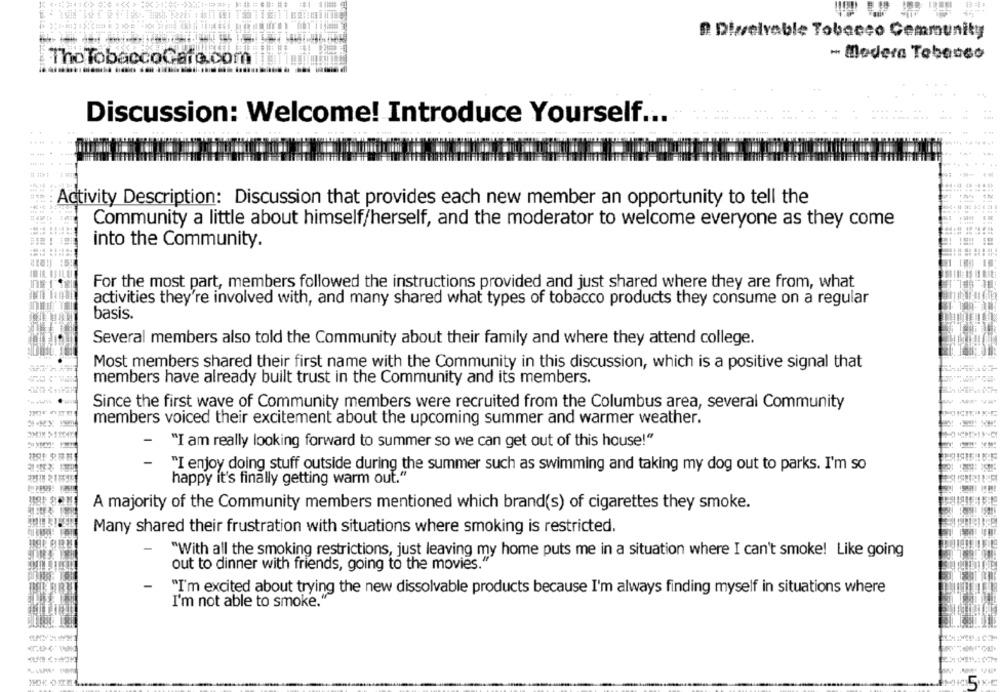
2. Dieselvable Tobacco Community
- Madera Tebanco
The TobaccoGare.com
Discussion: Welcome! Introduce Yourself ...
Activity Description: Discussion that provides each new member an opportunity to tell the
Community a little about himself/herself, and the moderator to welcome everyone as they come
into the Community.
For the most part, members followed the instructions provided and just shared where they are from, what
activities they're involved with, and many shared what types of tobacco products they consume on a regular
basis.
Several members also told the Community about their family and where they attend college.
Most members shared their first name with the Community in this discussion, which is a positive signal that
members have already built trust in the Community and its members.
Since the first wave of Community members were recruited from the Columbus area, several Community
members voiced their excitement about the upcoming summer and warmer weather.
-
"I am really looking forward to summer so we can get out of this house!"
-
"I enjoy doing stuff outside during the summer such as swimming and taking my dog out to parks. I'm so
happy it's finally getting warm out."
A majority of the Community members mentioned which brand(s) of cigarettes they smoke.
Many shared their frustration with situations where smoking is restricted.
"With all the smoking restrictions, just leaving my home puts me in a situation where I can't smoke! Like going
out to dinner with friends, going to the movies."
"I'm excited about trying the new dissolvable products because I'm always finding myself in situations where
I'm not able to smoke."